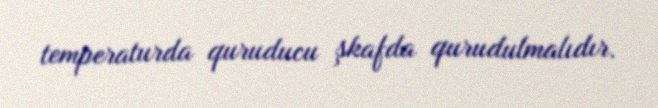
temperaturda quruducu şkafda qurudulmalıdır.